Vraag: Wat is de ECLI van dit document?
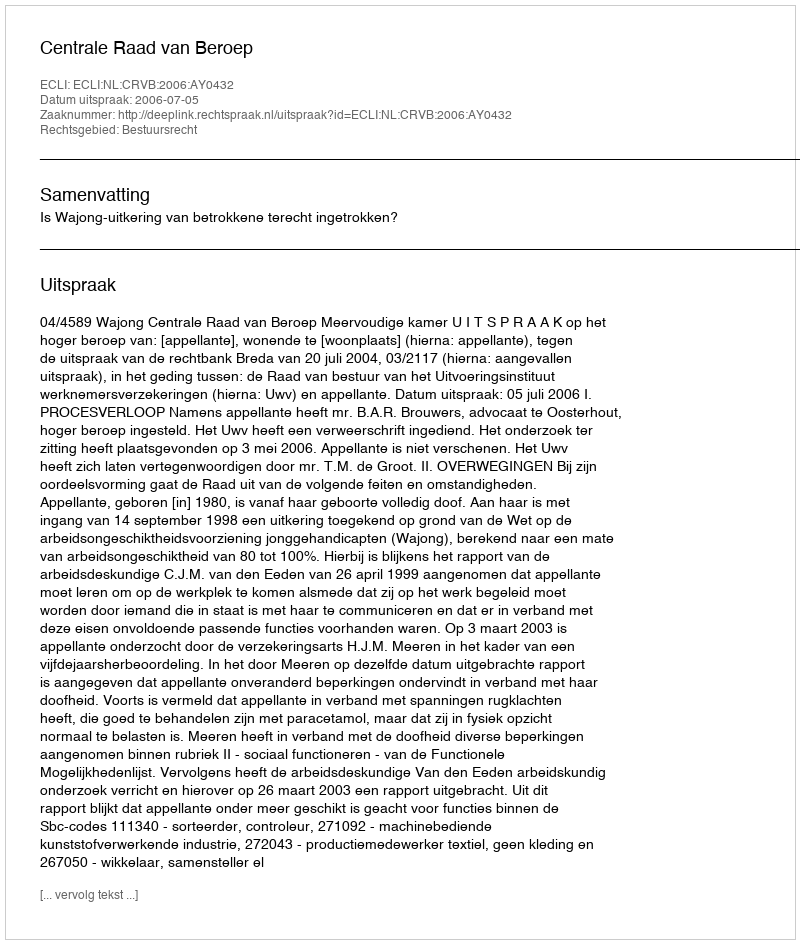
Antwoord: ECLI:NL:CRVB:2006:AY0432